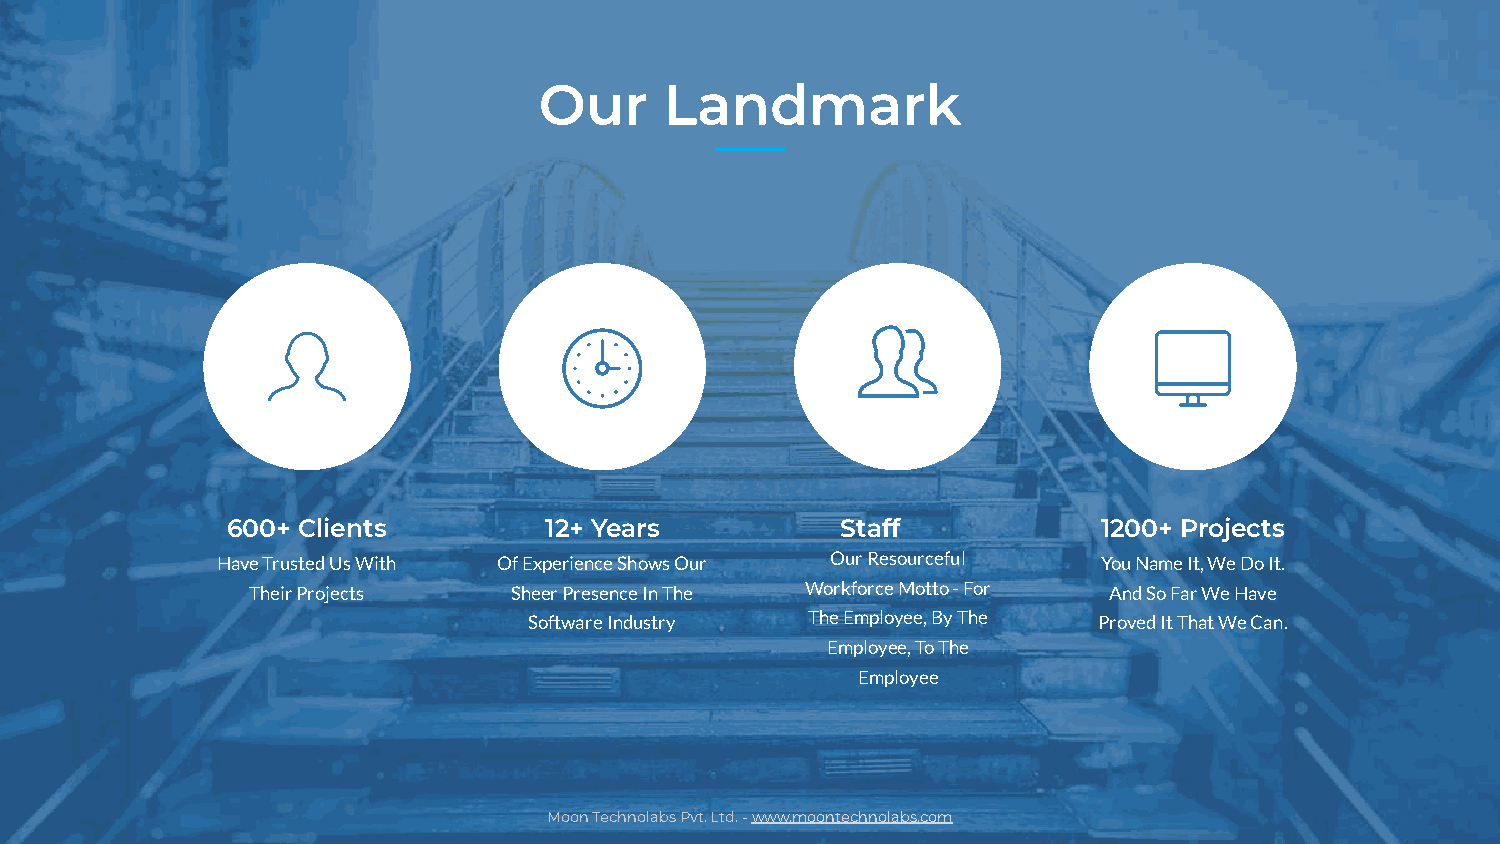
Our     Landmark
 600+ Clients         12+ Years          200+ Staff        1200+ Projects
 Have Trusted Us With Of Experience Shows Our Our Resourceful You Name It, We Do It.
 Their Projects   Sheer Presence In The Workforce Motto - For And So Far We Have
 Software Industry The Employee, By The Proved It That We Can.
 Employee, To The
 Employee
 Moon Technolabs Pvt. Ltd. - www.moontechnolabs.com